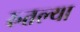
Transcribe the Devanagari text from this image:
रुतल्या